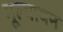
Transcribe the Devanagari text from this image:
मूल्यायन